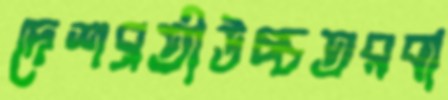
দেশব্রতীউচ্চতরবা